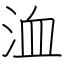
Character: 洫